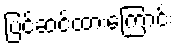
ပြင်ဆင်ထားကြောင်း